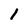
Character: 1